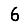
Digit: 6